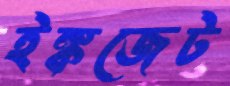
ইঙ্কজেট